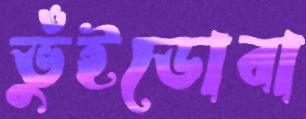
ভুঁইডোবা